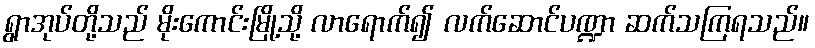
ရွာအုပ်တို့သည် မိုးကောင်းမြို့သို့ လာရောက်၍ လက်ဆောင်ပဏ္ဍာ ဆက်သကြရသည်။